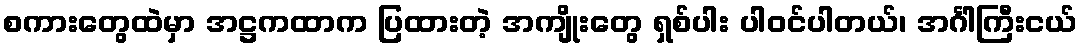
စကားတွေထဲမှာ အဋ္ဌကထာက ပြထားတဲ့ အကျိုးတွေ ရှစ်ပါး ပါဝင်ပါတယ်၊ အင်္ဂါကြီးငယ်